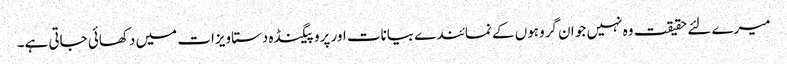
میرے لئے حقیقت وہ نہیں جو ا ن گروہوں کے نمائندے بیانات اور پروپیگنڈہ دستاویزات میں دکھائی جاتی ہے۔